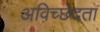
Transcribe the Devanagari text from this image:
अविच्छेदता